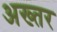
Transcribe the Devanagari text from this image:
अख्‍तर